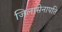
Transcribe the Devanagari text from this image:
जिलासेनापति